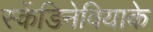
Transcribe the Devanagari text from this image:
स्केंडिनेवियाके